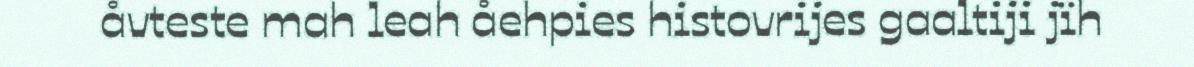
åvteste mah leah åehpies histovrijes gaaltiji jïh